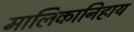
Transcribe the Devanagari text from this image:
मालिकानिहाय